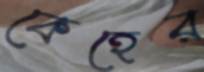
কেহের